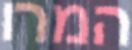
המרו